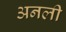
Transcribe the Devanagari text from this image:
अनली